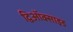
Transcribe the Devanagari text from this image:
द्विऑक्साइड